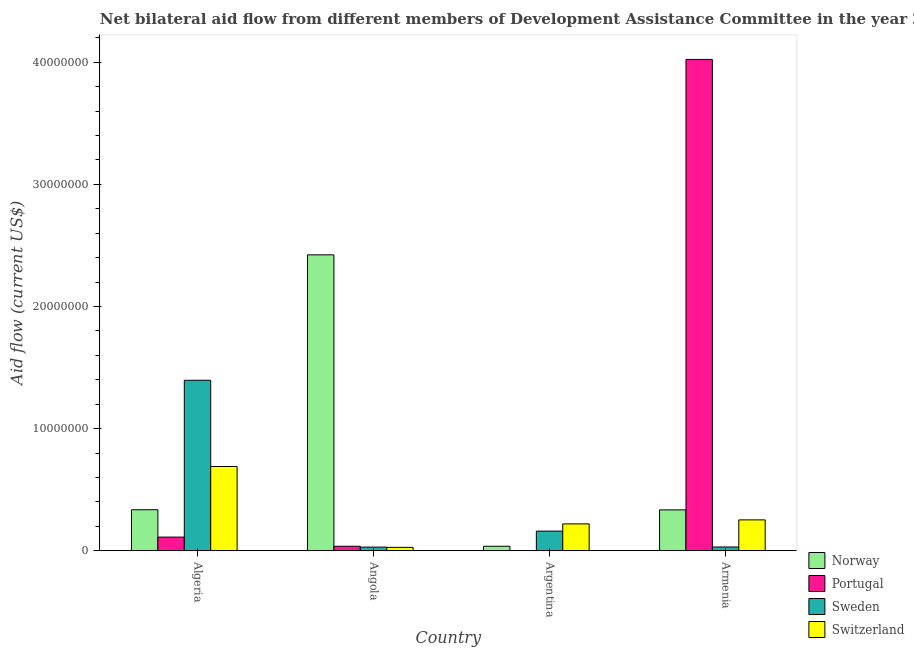
| Country | Norway | Portugal | Sweden | Switzerland |
 | --- | --- | --- | --- | --- |
 | Algeria | 3.36e+06 | 1.12e+06 | 1.4e+07 | 6.9e+06 |
 | Angola | 2.42e+07 | 3.7e+05 | 3e+05 | 2.8e+05 |
 | Argentina | 3.7e+05 | 1e+04 | 1.61e+06 | 2.2e+06 |
 | Armenia | 3.35e+06 | 4.02e+07 | 3.1e+05 | 2.53e+06 |